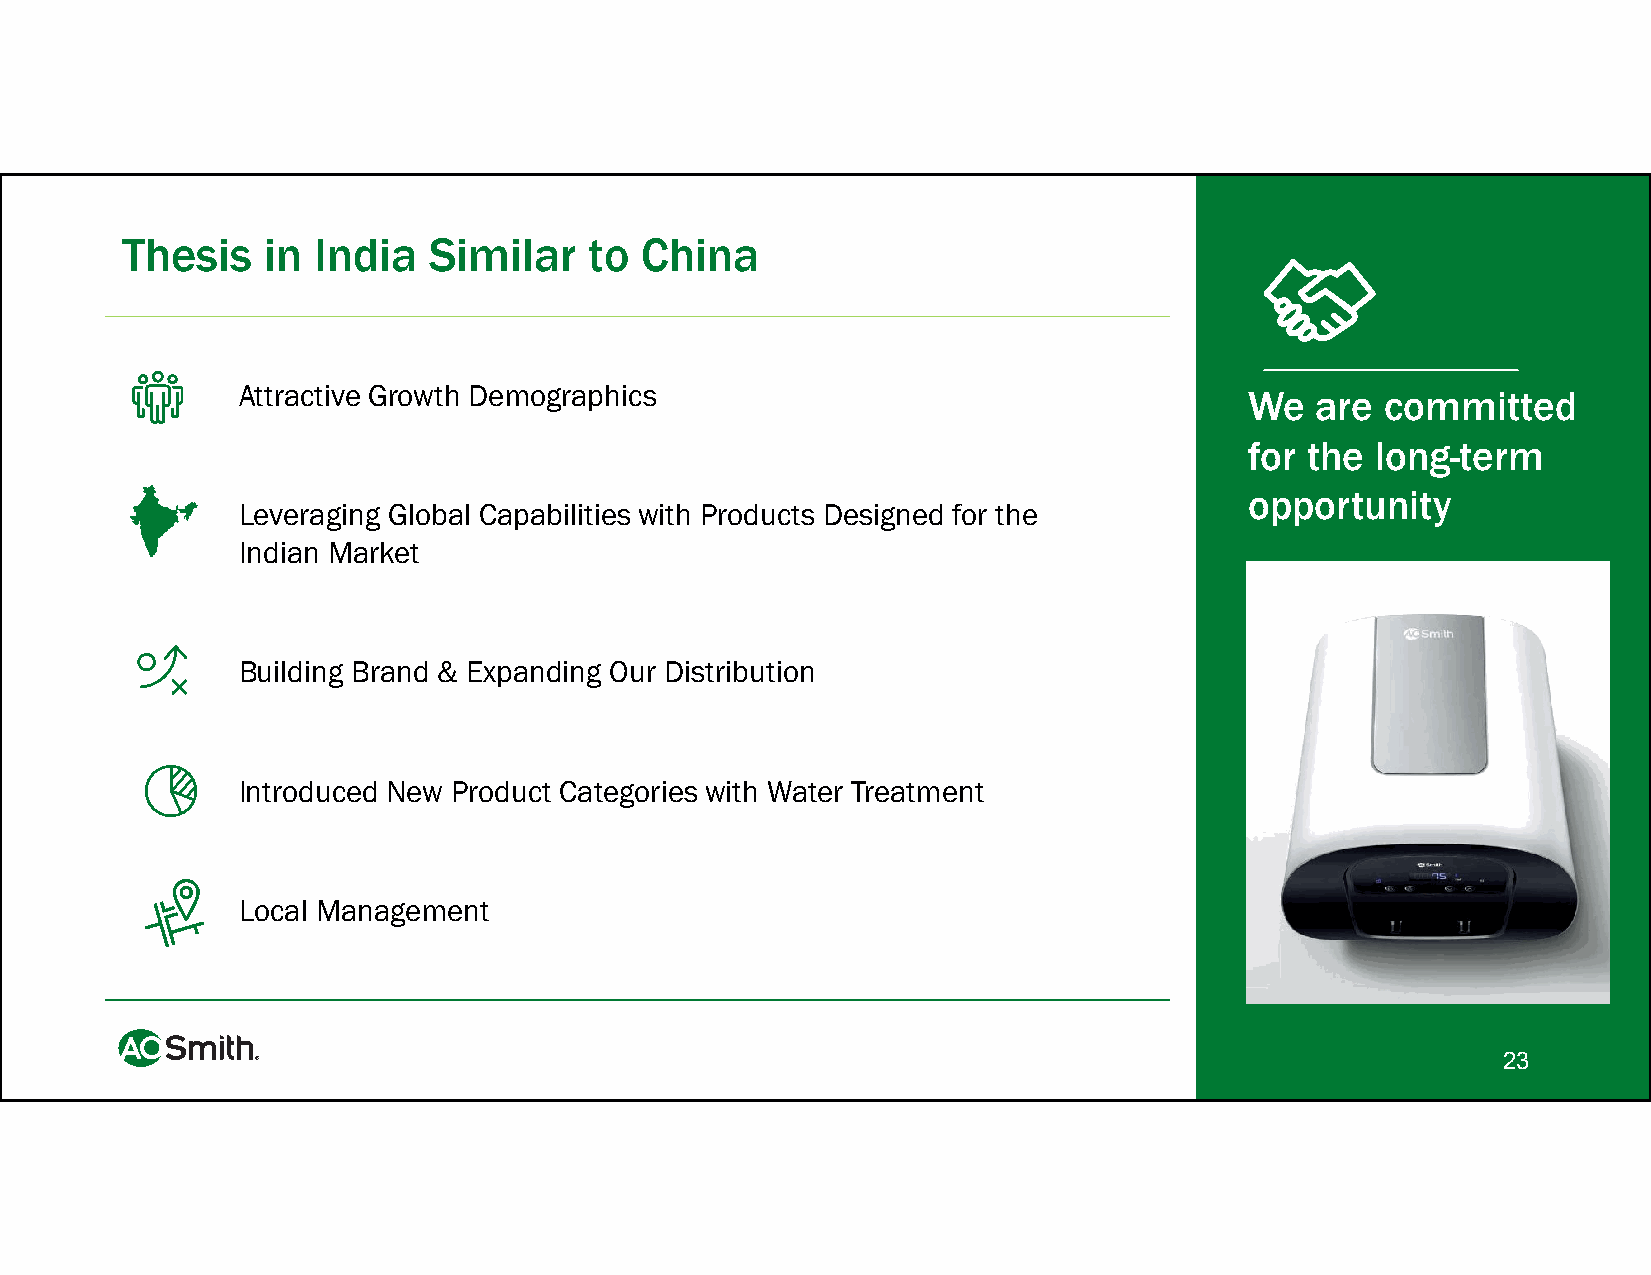
Thesis   in  India  Similar    to China
 Attractive Growth Demographics
 We  are  committed
 for the long-term
 opportunity
 Leveraging Global Capabilities with Products Designed for the
 Indian Market
 Building Brand & Expanding Our Distribution
 Introduced New Product Categories with Water Treatment
 Local Management
 23